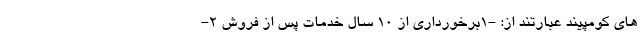
های کومپیند عبارتند از: -1برخورداری از 10 سال خدمات پس از فروش 2-